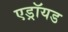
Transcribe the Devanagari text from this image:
एड्रॉयड